system: You are a helpful assistant.
user:
Analyze the provided spectrum to determine if it is a **Carbon Star (C-type)**.

- **Key Visual Indicators of Carbon Star:**
    - **(Primary):** Strong molecular absorption from **C₂ (diatomic carbon) "Swan Bands."** This is the **defining feature** of a carbon star.
        - **(Key Bandheads):** Sharp absorption edges are visible at approximately $5635$ Å, $5165$ Å (the strongest band), and $4737$ Å.
        - **(Line Profile):** Creates a distinct **"saw-tooth"** pattern. The key morphology is a sharp, steep bandhead on the **red (long-wavelength) side**, which then gradually tapers off (i.e., flux recovers) towards the **blue (short-wavelength) side**. *(This is the direct opposite of the TiO bands seen in M-type stars)*.

    - **(Secondary):** Intense **CN (cyanogen)** molecular absorption bands.
        - **(Key Bandheads):** Located in the blue and violet regions of the spectrum (e.g., near $4215$ Å and $3883$ Å).
        - **(Morphology):** These bands are extremely broad and act as a "blanket," absorbing the vast majority of blue and violet light. This creates a characteristic **"cliff"** or **"steep drop-off"** in the spectrum's flux at short wavelengths.

    - **(Key Confirmation):** Strong **CH absorption band (G-band)**.
        - **(Key Bandhead):** Located around $4300$ Å. The contribution from CH molecules to this band is exceptionally strong.

    - **(Overall Spectrum):**
        - The continuum is severely "chopped up" by these deep molecular bands, especially C₂, rather than appearing as a smooth curve.
        - Due to the heavy CN and C₂ absorption in the blue-green, the vast majority of the star's flux is concentrated in the red part of the spectrum, giving the star its characteristic deep red color.

Think first, call **spectral_visualization_tool** if needed to examine features in detail, then provide your final answer. Your response must adhere to the following strict rules:
1.  **Overall Structure:** Your response must follow the format `<think>...</think> <tool_call>...</tool_call> (if a tool is used) <answer>...</answer>`.
2.  **Tool Usage Constraint:** You may only make **one** tool call per turn.
3.  **Final Answer Format:** In the `<answer>` tag, your conclusion must be inside a `\boxed{}` command (e.g., `\boxed{YES}`), followed by your justification.

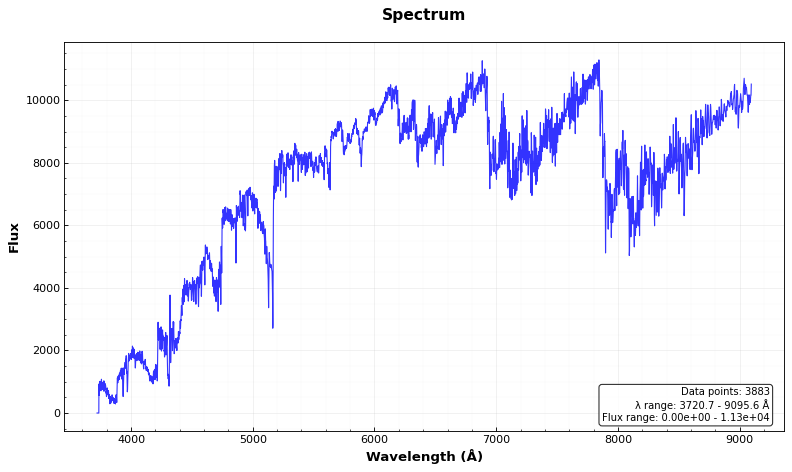
Answer: YES